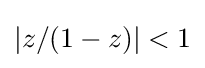
|z/(1-z)|<1